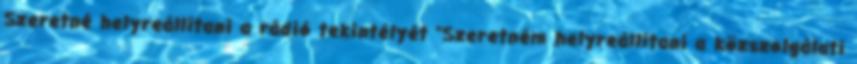
Szeretné helyreállítani a rádió tekintélyét "Szeretném helyreállítani a közszolgálati